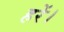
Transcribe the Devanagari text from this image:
हरें।